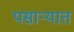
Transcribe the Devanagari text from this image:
पसाऱ्यात